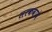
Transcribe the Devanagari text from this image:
सरकवावे